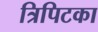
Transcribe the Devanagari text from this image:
त्रिपिटका